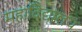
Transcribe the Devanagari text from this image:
महाविद्यालय